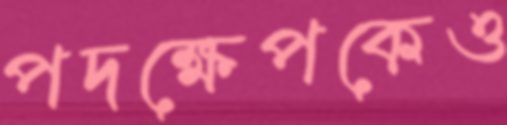
পদক্ষেপকেও